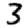
Digit: 3